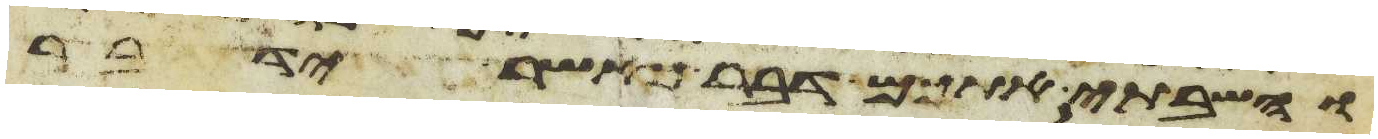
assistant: והשבתי אתכם דבר כאשר ידבר